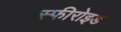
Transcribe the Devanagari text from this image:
स्फीरोइड